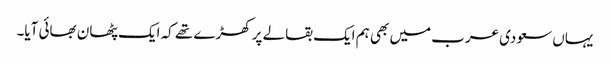
یہاں سعودی عرب میں بھی ہم ایک بقالے پر کھڑے تھے کہ ایک پٹھان بھائی آیا۔